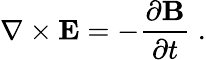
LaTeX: \nabla\times\mathbf{E}=-{\frac{\partial\mathbf{B}}{\partial t}}\ .